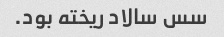
سس سالاد ریخته بود.